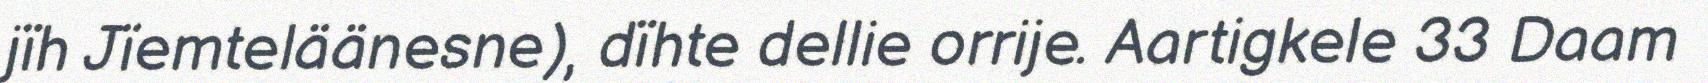
jïh Jïemteläänesne), dïhte dellie orrije. Aartigkele 33 Daam